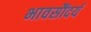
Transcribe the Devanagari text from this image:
भावसौंदर्य